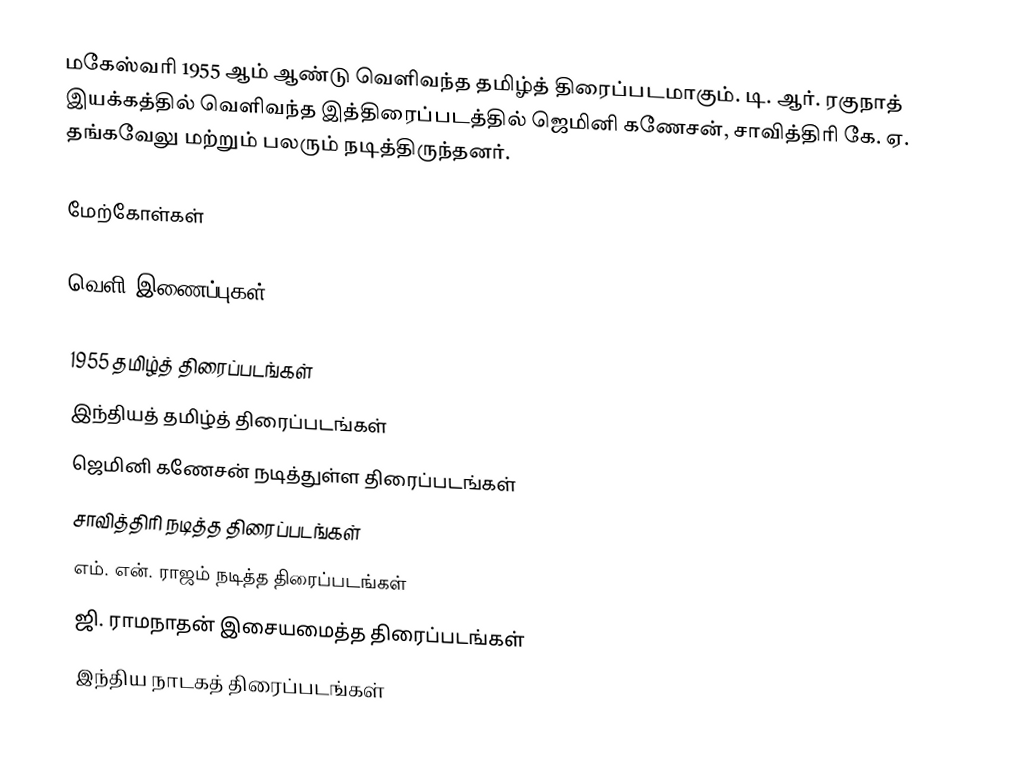
மகேஸ்வரி 1955 ஆம் ஆண்டு வெளிவந்த தமிழ்த் திரைப்படமாகும். டி. ஆர். ரகுநாத் இயக்கத்தில் வெளிவந்த இத்திரைப்படத்தில் ஜெமினி கணேசன், சாவித்திரி கே. ஏ. தங்கவேலு மற்றும் பலரும் நடித்திருந்தனர்.

மேற்கோள்கள்

வெளி இணைப்புகள்

1955 தமிழ்த் திரைப்படங்கள்
இந்தியத் தமிழ்த் திரைப்படங்கள்
ஜெமினி கணேசன் நடித்துள்ள திரைப்படங்கள்
சாவித்திரி நடித்த திரைப்படங்கள்
எம். என். ராஜம் நடித்த திரைப்படங்கள்
ஜி. ராமநாதன் இசையமைத்த திரைப்படங்கள்
இந்திய நாடகத் திரைப்படங்கள்